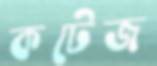
কটেজ